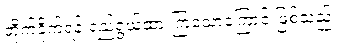
တိုက်ခိုက်ရန် ရည်ရွယ်ထားကြသောကြောင့် ဖြစ်သည်။